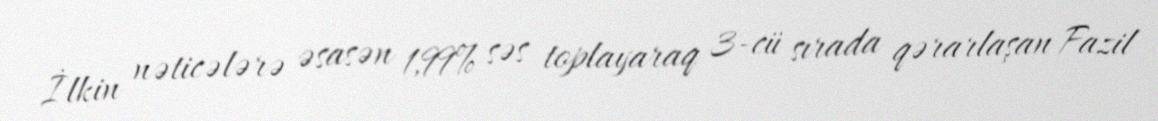
İlkin nəticələrə əsasən 1,99% səs toplayaraq 3-cü sırada qərarlaşan Fazil